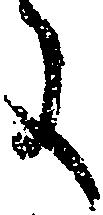
に